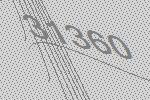
31360